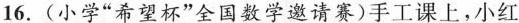
16.(小学”希望杯”全国数学邀请赛)手工课上，小红